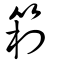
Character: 箱